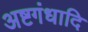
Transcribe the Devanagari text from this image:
अष्टगंधादि